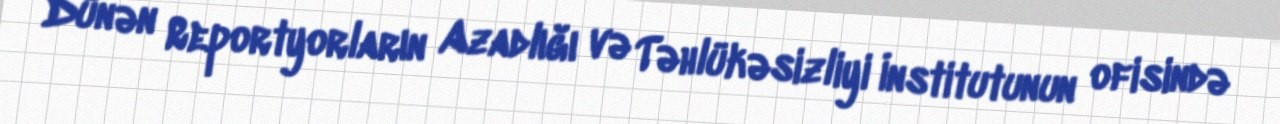
Dünən Reportyorların Azadlığı və Təhlükəsizliyi İnstitutunun ofisində